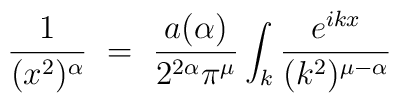
\frac{1}{(x^2)^\alpha} ~=~ \frac{a(\alpha)}{2^{2\alpha}\pi^\mu} \int_k\frac{e^{ikx}}{(k^2)^{\mu-\alpha}}